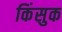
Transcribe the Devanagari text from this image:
किंसुक